Plague in India, 1896, 1897 - Volume 1
Year: 1896
Disease focus: Plague
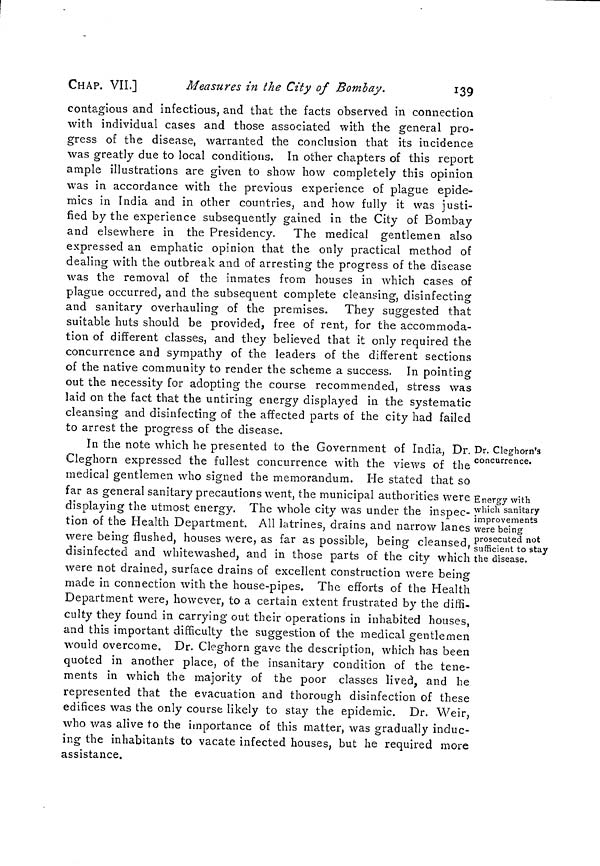
CHAP. VIL]
Measures in the City of Bombay.
139
contagious and infectious, and that the facts observed in connection
with individual cases and those associated with the general pro-
gress of the disease, warranted the conclusion that its incidence
was greatly due to local conditions. In other chapters of this report
ample illustrations are given to show how completely this opinion
was in accordance with the previous experience of plague epide-
mics in India and in other countries, and how fully it was justi-
fied by the experience subsequently gained in the City of Bombay
and elsewhere in the Presidency. The medical gentlemen also
expressed an emphatic opinion that the only practical method of
dealing with the outbreak and of arresting the progress of the disease
was the removal of the inmates from houses in which cases of
plague occurred, and the subsequent complete cleansing, disinfecting
and sanitary overhauling of the premises. They suggested that
suitable huts should be provided, free of rent, for the accommoda-
tion of different classes, and they believed that it only required the
concurrence and sympathy of the leaders of the different sections
of the native community to render the scheme a success. In pointing
out the necessity for adopting the course recommended, stress was
laid on the fact that the untiring energy displayed in the systematic
cleansing and disinfecting of the affected parts of the city had failed
to arrest the progress of the disease.
Dr. Cleghorn's
concurrence.
Energy with
which sanitary
improvements
were being
prosecuted not
sufficient to stay
the disease.
In the note which he presented to the Government of India, Dr.
Cleghorn expressed the fullest concurrence with the views of the
medical gentlemen who signed the memorandum. He stated that so
far as general sanitary precautions went, the municipal authorities were
displaying the utmost energy. The whole city was under the inspec-
tion of the Health Department. All latrines, drains and narrow lanes
were being flushed, houses were, as far as possible, being cleansed,
disinfected and whitewashed, and in those parts of the city which
were not drained, surface drains of excellent construction were being
made in connection with the house-pipes. The efforts of the Health
Department were, however, to a certain extent frustrated by the diffi-
culty they found in carrying out their operations in inhabited houses,
and this important difficulty the suggestion of the medical gentlemen
would overcome. Dr. Cleghorn gave the description, which has been
quoted in another place, of the insanitary condition of the tene-
ments in which the majority of the poor classes lived, and he
represented that the evacuation and thorough disinfection of these
edifices was the only course likely to stay the epidemic. Dr. Weir,
who was alive to the importance of this matter, was gradually induc-
ing the inhabitants to vacate infected houses, but he required more
assistance.